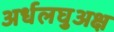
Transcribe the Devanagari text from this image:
अर्धलघुअक्ष